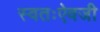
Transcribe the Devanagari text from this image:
स्वतःऐवजी